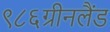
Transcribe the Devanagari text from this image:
९८६ग्रीनलैंड